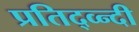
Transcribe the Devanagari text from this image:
प्रतिद्व्न्दी